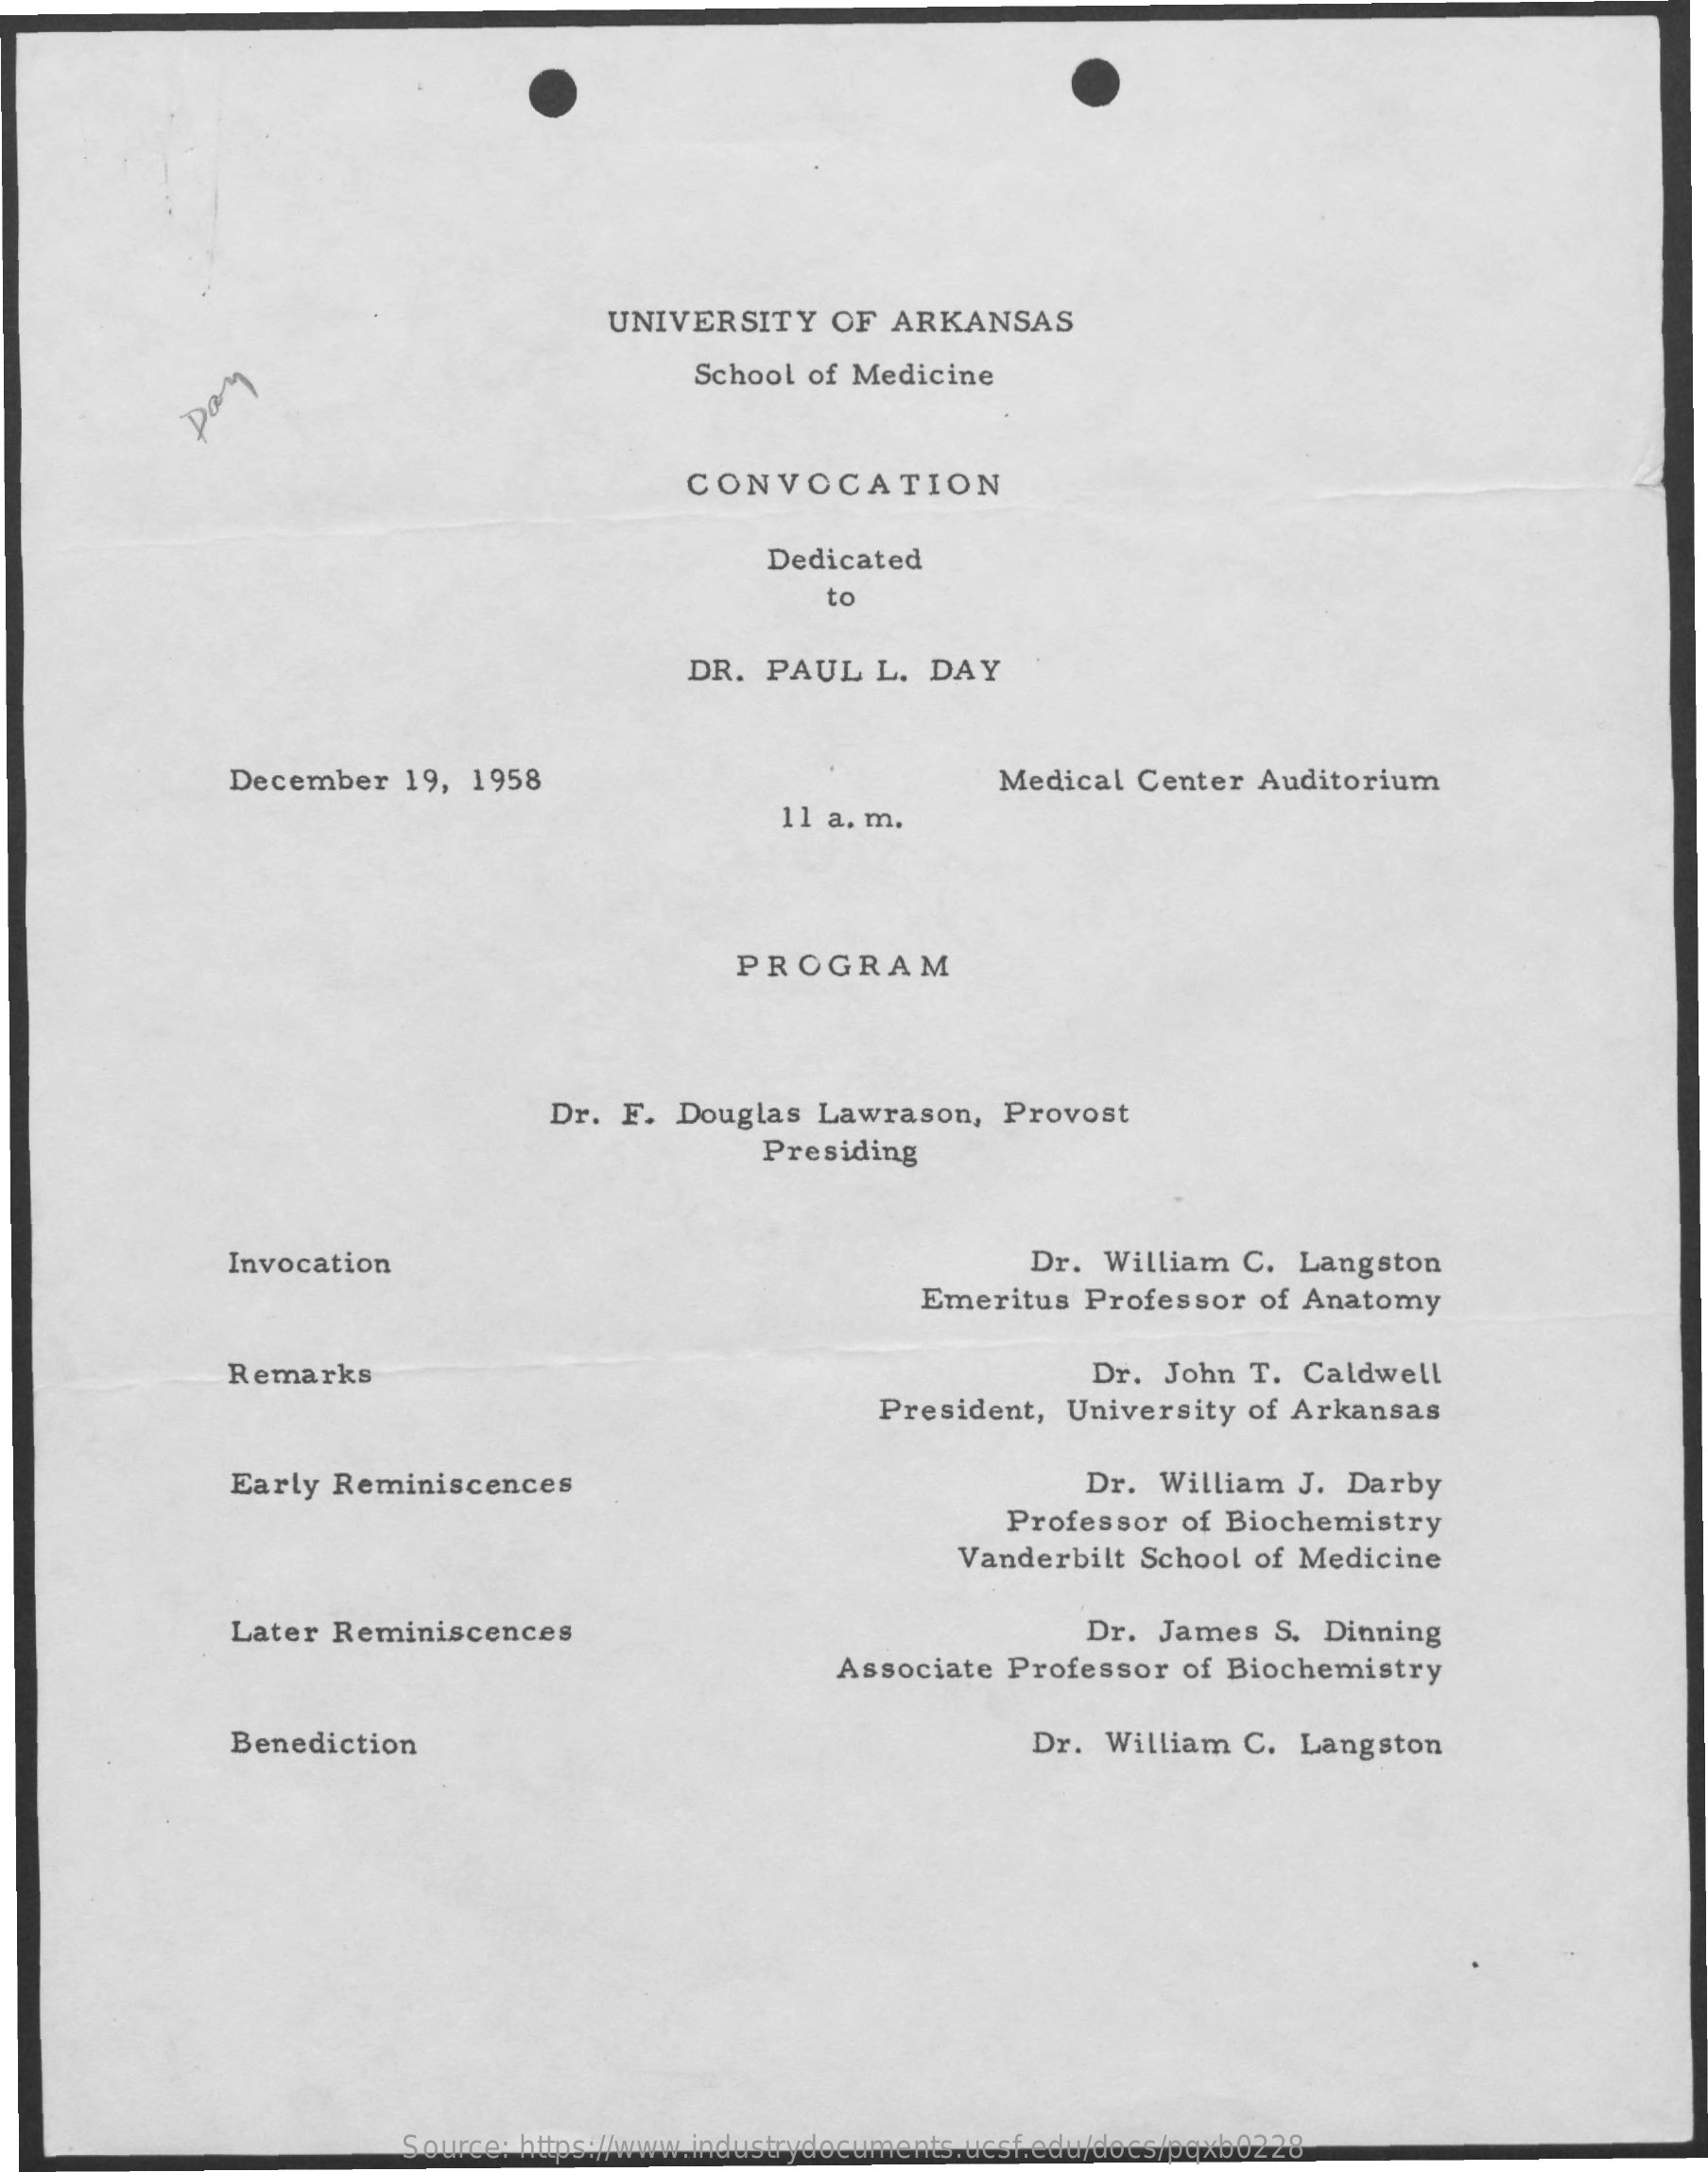
UNIVERSITY    OF  ARKANSAS
     School of Medicine
     Dany
     CONVOCATION
     Dedicated
     to
     DR.  PAUL   L.  DAY
     December   19,  1958    Medical Center  Auditorium
     11 a. m.
     PROGRAM
     Dr.  F. Douglas  Lawrason,    Provost
     Presiding
     Invocation    Dr. William  C.  Langston
     Emeritus   Professor  of Anatomy
     Remarks    Dr. John  T. Caldwell
     President,  University  of Arkansas
     Early  Reminiscences    Dr.  William  J. Darby
     Professor  of Biochemistry
     Vanderbilt  School of Medicine
     Later  Reminiscences    Dr.  James  S.  Dinning
     Associate  Professor  of Biochemistry
     Benediction    Dr. William  C.  Langston
     Source: https://www.industrydocuments.ucsf.edu/docs/pqxb0228